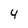
Character: 4